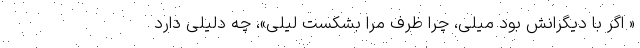
« اگر با دیگرانش بود میلی، چرا ظرف مرا بشکست لیلی»، چه دلیلی دارد